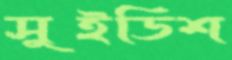
সুইডিশ